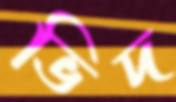
ভিদ